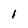
Character: l